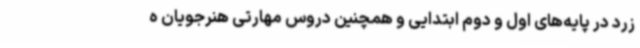
زرد در پایه‌های اول و دوم ابتدایی و همچنین دروس مهارتی هنرجویان ه